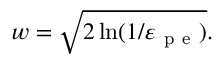
w = \sqrt { 2 \ln ( 1 / \varepsilon _ { \mathrm { ~ p ~ e ~ } } ) } .